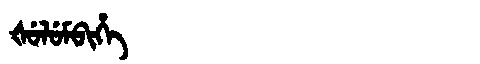
Manchu: ᡧᡠᠯᡠᠮᠪᡳᡥᡝ
Romanization: ŠULUMBIHE